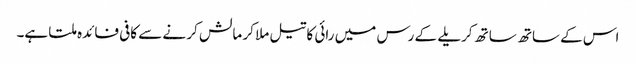
اس کے ساتھ ساتھ کریلے کے رس میں رائی کا تیل ملا کر مالش کر نے سے کافی فائدہ ملتا ہے۔